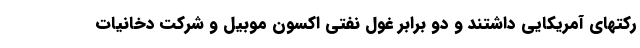
رکتهای آمریکایی داشتند و دو برابر غول نفتی اکسون موبیل و شرکت دخانیات